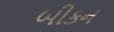
બીકન